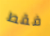
فقط